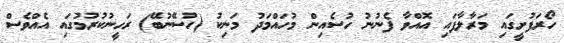
ހޯރަފުށީގައި މަރާލާފައި އޮއްވާ ފެނުނު ހުސެއިން މުހައްމަދު މަނިކު (ހުސޭނުބޭ) ރަހީނުކުރުމުގައި އެއްވެސް